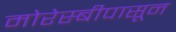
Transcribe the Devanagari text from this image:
मोरेस्बीपासून